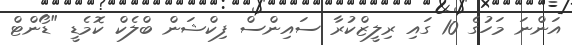
އަންނަ މަހުގެ 10 ގައި ރިލީޒްކުރާ ސައިންސް ފިކްޝަން ބްލެކް ކޮމެޑީ "ޑޯންޓް